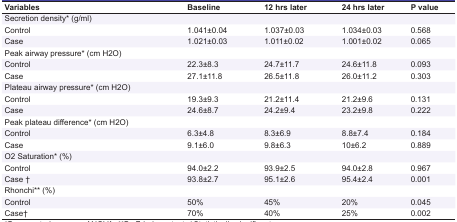
<table><thead><tr><td><b>Variables</b></td><td><b>Baseline</b></td><td><b>12 hrs later</b></td><td><b>24 hrs later</b></td><td><b>P value</b></td></tr></thead><tbody><tr><td colspan="5"> Secretion density* (g/ml) </td></tr><tr><td> Control </td><td> 1.041±0.04 </td><td> 1.037±0.03 </td><td> 1.034±0.03 </td><td> 0.568 </td></tr><tr><td> Case </td><td> 1.021±0.03 </td><td> 1.011±0.02 </td><td> 1.001±0.02 </td><td> 0.065 </td></tr><tr><td colspan="5"> Peak airway pressure* (cm H2O) </td></tr><tr><td> Control </td><td> 22.3±8.3 </td><td> 24.7±11.7 </td><td> 24.6±11.8 </td><td> 0.093 </td></tr><tr><td> Case </td><td> 27.1±11.8 </td><td> 26.5±11.8 </td><td> 26.0±11.2 </td><td> 0.303 </td></tr><tr><td colspan="5"> Plateau airway pressure* (cm H2O) </td></tr><tr><td> Control </td><td> 19.3±9.3 </td><td> 21.2±11.4 </td><td> 21.2±9.6 </td><td> 0.131 </td></tr><tr><td> Case </td><td> 24.6±8.7 </td><td> 24.2±9.4 </td><td> 23.2±9.8 </td><td> 0.222 </td></tr><tr><td colspan="5"> Peak plateau difference* (cm H2O) </td></tr><tr><td> Control </td><td> 6.3±4.8 </td><td> 8.3±6.9 </td><td> 8.8±7.4 </td><td> 0.184 </td></tr><tr><td> Case </td><td> 9.1±6.0 </td><td> 9.8±6.3 </td><td> 10±6.2 </td><td> 0.889 </td></tr><tr><td colspan="5"> O2 Saturation* (%) </td></tr><tr><td> Control </td><td> 94.0±2.2 </td><td> 93.9±2.5 </td><td> 94.0±2.8 </td><td> 0.967 </td></tr><tr><td> Case † </td><td> 93.8±2.7 </td><td> 95.1±2.6 </td><td> 95.4±2.4 </td><td> 0.001 </td></tr><tr><td colspan="5"> Rhonchi** (%) </td></tr><tr><td> Control </td><td> 50% </td><td> 45% </td><td> 20% </td><td> 0.045 </td></tr><tr><td> Case† </td><td> 70% </td><td> 40% </td><td> 25% </td><td> 0.002 </td></tr></tbody></table>